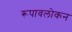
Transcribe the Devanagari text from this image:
रूपावलोकन